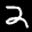
Label: 2